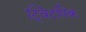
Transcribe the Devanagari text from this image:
ट्विटपिक